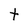
Character: t